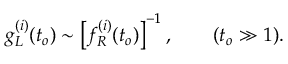
g _ { L } ^ { ( i ) } ( t _ { o } ) \sim \left[ f _ { R } ^ { ( i ) } ( t _ { o } ) \right] ^ { - 1 } , \quad \quad ( t _ { o } \gg 1 ) .